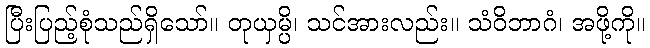
ပြီးပြည့်စုံသည်ရှိသော်။ တုယှမ္ပိ၊ သင်အားလည်း။ သံဝိဘာဂံ၊ အဖို့ကို။